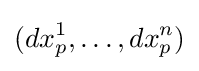
(dx_{p}^{1},\ldots ,dx_{p}^{n})